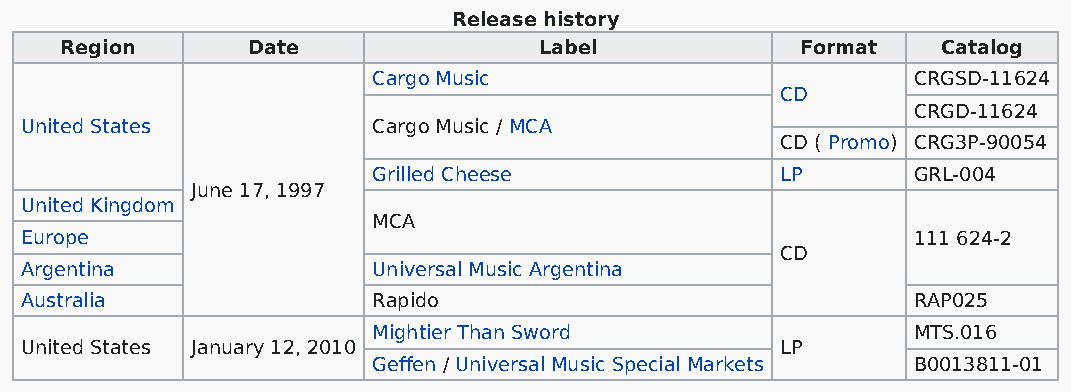
Release history
 Region      Date                Label            Format   Catalog
 Cargo Music                        CRGSD-11624
 CD
 CRGD-11624
 United States           Cargo Music / MCA
 CD ( Promo) CRG3P-90054
 Grilled Cheese             LP      GRL-004
 June 17, 1997
 United Kingdom
 MCA
 Europe                                                     111 624-2
 CD
 Argentina               Universal Music Argentina
 Australia               Rapido                             RAP025
 Mightier Than Sword                MTS.016
 United States January 12, 2010                     LP
 Geffen / Universal Music Special Markets B0013811-01